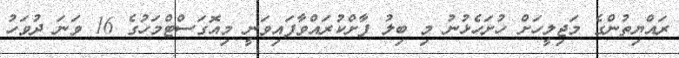
ރައްޔިތުންގެ މަޖިލީހަށް ހުށަހެޅުނު މި ބިލު ފާށްކުރައްވާފައިވަނީ މިއޮގަސްޓްމަހުގެ 16 ވަނަ ދުވަހު